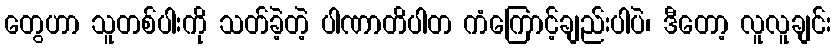
တွေဟာ သူတစ်ပါးကို သတ်ခဲ့တဲ့ ပါဏာတိပါတ ကံကြောင့်ချည်းပါပဲ၊ ဒီတော့ လူလူချင်း